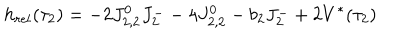
h _ { r e l } ( \tau _ { 2 } ) = - 2 J _ { 2 , 2 } ^ { 0 } J _ { 2 } ^ { - } - 4 J _ { 2 , 2 } ^ { 0 } - b _ { 2 } J _ { 2 } ^ { - } + 2 V ^ { * } ( \tau _ { 2 } )